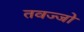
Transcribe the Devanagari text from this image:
तवज्‍जो